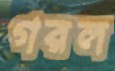
গরল